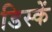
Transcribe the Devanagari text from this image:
डिस्कें